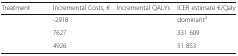
<table><thead><tr><td><b>Treatment</b></td><td><b>Incremental Costs, €</b></td><td><b>Incremental QALYs</b></td><td><b>ICER estimate €/Qaly</b></td></tr></thead><tbody><tr><td>[EMPTY_CELL]</td><td>-2918</td><td>[EMPTY_CELL]</td><td>dominant<sup>a</sup></td></tr><tr><td>[EMPTY_CELL]</td><td>7627</td><td>[EMPTY_CELL]</td><td>331 609</td></tr><tr><td>[EMPTY_CELL]</td><td>4926</td><td>[EMPTY_CELL]</td><td>51 853</td></tr></tbody></table>